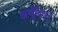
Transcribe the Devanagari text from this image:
अर्चुंदिया